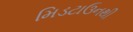
મિડટાઉનથી